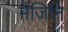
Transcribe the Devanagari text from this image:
मैजिनि